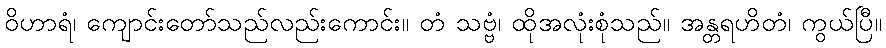
ဝိဟာရံ၊ ကျောင်းတော်သည်လည်းကောင်း။ တံ သဗ္ဗံ၊ ထိုအလုံးစုံသည်။ အန္တရဟိတံ၊ ကွယ်ပြီ။